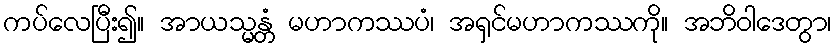
ကပ်လေပြီး၍။ အာယသ္မန္တံ မဟာကဿပံ၊ အရှင်မဟာကဿကို။ အဘိဝါဒေတွာ၊